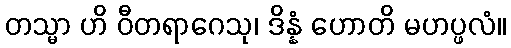
တသ္မာ ဟိ ဝီတရာဂေသု၊ ဒိန္နံ ဟောတိ မဟပ္ဖလံ။